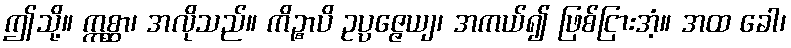
ဤသို့။ ဣစ္ဆာ၊ အလိုသည်။ ကိဉ္စာပိ ဥပ္ပဇ္ဇေယျ၊ အကယ်၍ ဖြစ်ငြားအံ့။ အထ ခေါ၊